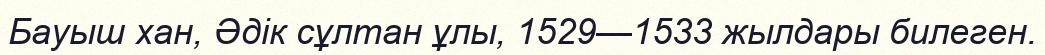
Бауыш хан, Әдік сұлтан ұлы, 1529—1533 жылдары билеген.